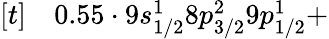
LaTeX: \begin{array}{rl}{[t]}&{{}0.55\cdot 9s_{1/2}^{1}8p_{3/2}^{2}9p_{1/2}^{1}+}\end{array}